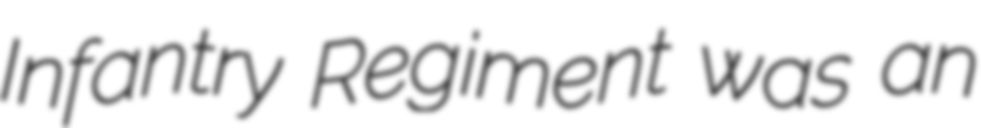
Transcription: Infantry Regiment was an